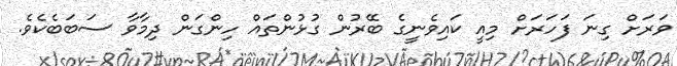
ވަރަށް ގިނަ ފަހަރަށް މިއީ ކައިވެނީގެ ބޭރުން ގުޅުންތައް ހިންގަން ދިމާވާ ސަބަބެކެވެ.